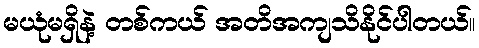
မယုံမရှိနဲ့ တစ်ကယ် အတိအကျသိနိုင်ပါတယ်။